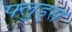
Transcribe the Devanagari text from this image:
फ्लुड्स